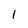
Character: 1